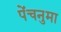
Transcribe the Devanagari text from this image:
पेंचनुमा